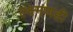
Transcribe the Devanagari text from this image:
ल्क्ष्मणही